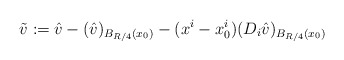
\begin{align*}\tilde v:=\hat v-(\hat v)_{B_{R/4}(x_0)}-(x^i-x_0^i)(D_i \hat v)_{B_{R/4}(x_0)}\end{align*}